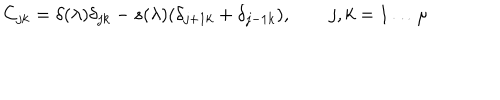
C _ { j k } = \delta ( \lambda ) \delta _ { j k } - s ( \lambda ) ( \delta _ { j + 1 k } + \delta _ { j - 1 k } ) , \qquad j , k = 1 \dots \mu